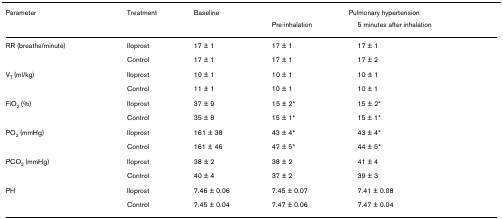
<table><thead><tr><td><b>Parameter</b></td><td><b>Treatment</b></td><td><b>Baseline</b></td><td colspan="2"><b>Pulmonary hypertension</b></td></tr><tr><td></td><td></td><td></td><td><b>Pre-inhalation</b></td><td><b>5 minutes after inhalation</b></td></tr></thead><tbody><tr><td>RR (breaths/minute)</td><td>Iloprost</td><td>17 ± 1</td><td>17 ± 1</td><td>17 ± 1</td></tr><tr><td></td><td>Control</td><td>17 ± 1</td><td>17 ± 1</td><td>17 ± 2</td></tr><tr><td>V<sub>T </sub>(ml/kg)</td><td>Iloprost</td><td>10 ± 1</td><td>10 ± 1</td><td>10 ± 1</td></tr><tr><td></td><td>Control</td><td>11 ± 1</td><td>10 ± 1</td><td>10 ± 1</td></tr><tr><td>FiO<sub>2 </sub>(%)</td><td>Iloprost</td><td>37 ± 9</td><td>15 ± 2*</td><td>15 ± 2*</td></tr><tr><td></td><td>Control</td><td>35 ± 8</td><td>15 ± 1*</td><td>15 ± 1*</td></tr><tr><td>PO<sub>2 </sub>(mmHg)</td><td>Iloprost</td><td>161 ± 38</td><td>43 ± 4*</td><td>43 ± 4*</td></tr><tr><td></td><td>Control</td><td>161 ± 46</td><td>47 ± 5*</td><td>44 ± 5*</td></tr><tr><td>PCO<sub>2 </sub>(mmHg)</td><td>Iloprost</td><td>38 ± 2</td><td>38 ± 2</td><td>41 ± 4</td></tr><tr><td></td><td>Control</td><td>40 ± 4</td><td>37 ± 2</td><td>39 ± 3</td></tr><tr><td>PH</td><td>Iloprost</td><td>7.46 ± 0.06</td><td>7.45 ± 0.07</td><td>7.41 ± 0.08</td></tr><tr><td></td><td>Control</td><td>7.45 ± 0.04</td><td>7.47 ± 0.06</td><td>7.47 ± 0.04</td></tr></tbody></table>